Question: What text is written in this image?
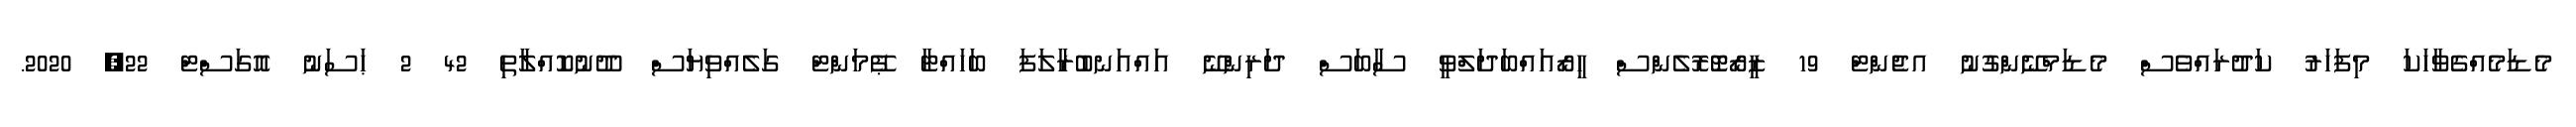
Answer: މެޑަމެއްގެވާހަކަ މިފަހަރު ކަދުރައްވެސް މެޑަމްނޭންގުނު އޖެންޓް 19 ޒީރޯޓޮރޮލެންސް ހީރޯއައްބަދަލްވީ ސާބަސް ދަރިންނޭ އައްއަނބުރާލަފަ ބަހައްޓާ ޕޭމަންޓް ގަލެއްވިޔަސް ދޫނުކޮއްލާތި 42 2 ޙަސަނު އޮގަސްޓް 22, 2020.